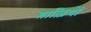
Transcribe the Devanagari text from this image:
ग़ाज़ियों